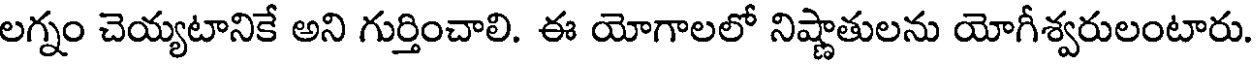
లగ్నం చెయ్యటానికే అని గుర్తించాలి. ఈ యోగాలలో నిష్ణాతులను యోగీశ్వరులంటారు